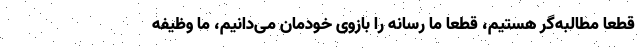
قطعا مطالبه‌گر هستیم، قطعا ما رسانه را بازوی خودمان می‌دانیم، ما وظیفه